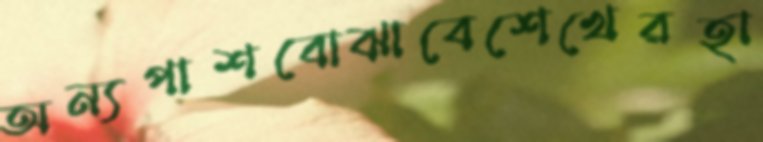
অন্যপাশবোঝাবেশেখেরহা